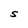
Character: S